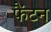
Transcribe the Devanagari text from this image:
फैंटन